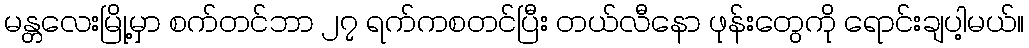
မန္တလေးမြို့မှာ စက်တင်ဘာ ၂၇ ရက်ကစတင်ပြီး တယ်လီနော ဖုန်းတွေကို ရောင်းချပါ့မယ်။